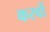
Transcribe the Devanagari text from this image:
करवों